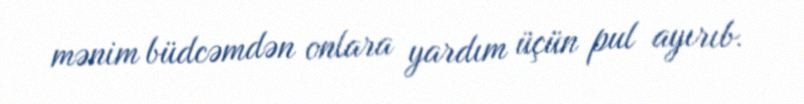
mənim büdcəmdən onlara yardım üçün pul ayırıb.